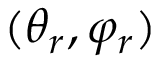
( \theta _ { r } , \varphi _ { r } )